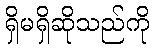
ရှိမရှိဆိုသည်ကို